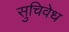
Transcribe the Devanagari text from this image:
सुचिवेध